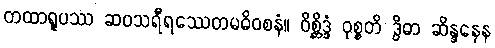
တထာရူပဿ ဆဝသရီရဿေတမဓိဝစနံ။ ဝိစ္ဆိဒ္ဒံ ဝုစ္စတိ ဒွိဓာ ဆိန္ဒနေန